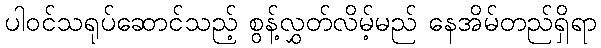
ပါဝင်သရုပ်ဆောင်သည့် စွန့်လွှတ်လိမ့်မည် နေအိမ်တည်ရှိရာ